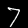
Label: 7